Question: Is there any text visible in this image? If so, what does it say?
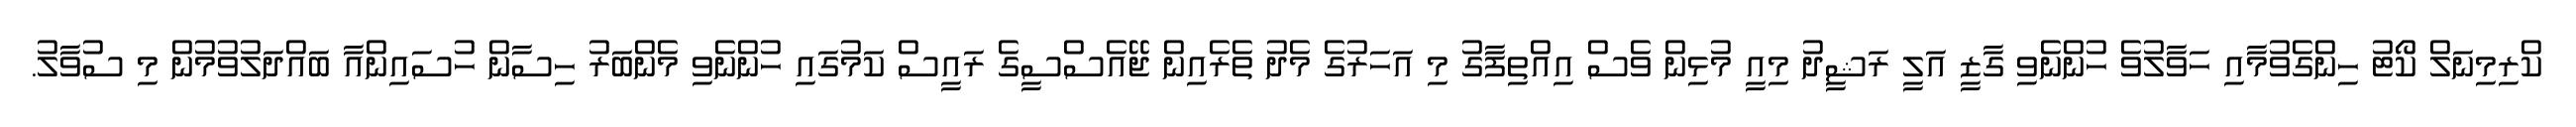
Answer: ކްރިމިނަލް ކޯޓު ހިންގެވުމާއި ހަވާލުވެ ހުންނެވި ގާޒީ އަލީ ރަޝީދު މިއީ މުޅިން ވެސް އިއްތިފާގު މި އަހަރުގެ މެދު ތެރެއިން ޖޭއެސްސީގެ ރައީސް ކަމުގައި ހުންނެވި މެންބަރު ހިސާން ހުސައިންއާ ބައްދަލުވުމުން މި ސުވާލު.